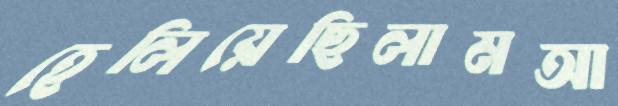
হেলিয়েছিলামআ